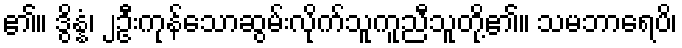
၏။ ဒွိန္နံ၊ ၂ဦးကုန်သောဆွမ်းလိုက်သူကူညီသူတို့၏။ သမဘာရေပိ၊